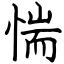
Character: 惴